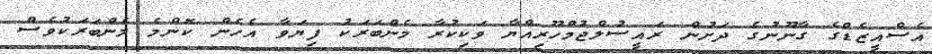
އެސްއީޒެޑްގެ ގާނޫނުގެ ދަށުން ރައީސުލްޖުމްހޫރިއްޔާ ވަކިކުރާ މެންބަރަކު ފިޔަވާ އެހެން ކޮންމެ މެންބަރަކުވެސް